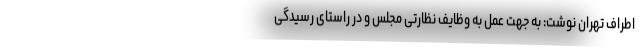
اطراف تهران نوشت: به جهت عمل به وظایف نظارتی مجلس و در راستای رسیدگی